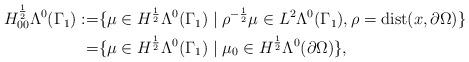
LaTeX: \begin{align*} \begin{aligned} H_{00}^{\frac{1}{2}}\Lambda^{0}(\Gamma_{1}):=&\{\mu\in H^{\frac{1}{2}}\Lambda^{0}(\Gamma_{1})\mid\rho^{-\frac{1}{2}}\mu\in L^{2}\Lambda^{0}(\Gamma_{1}),\rho=\mathrm{dist}(x,\partial\Omega)\}\\ =&\{\mu\in H^{\frac{1}{2}}\Lambda^{0}(\Gamma_{1})\mid\mu_{0}\in H^{\frac{1}{2}}\Lambda^{0}(\partial\Omega)\}, \end{aligned} \end{align*}